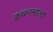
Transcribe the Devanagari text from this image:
कंचनमाला